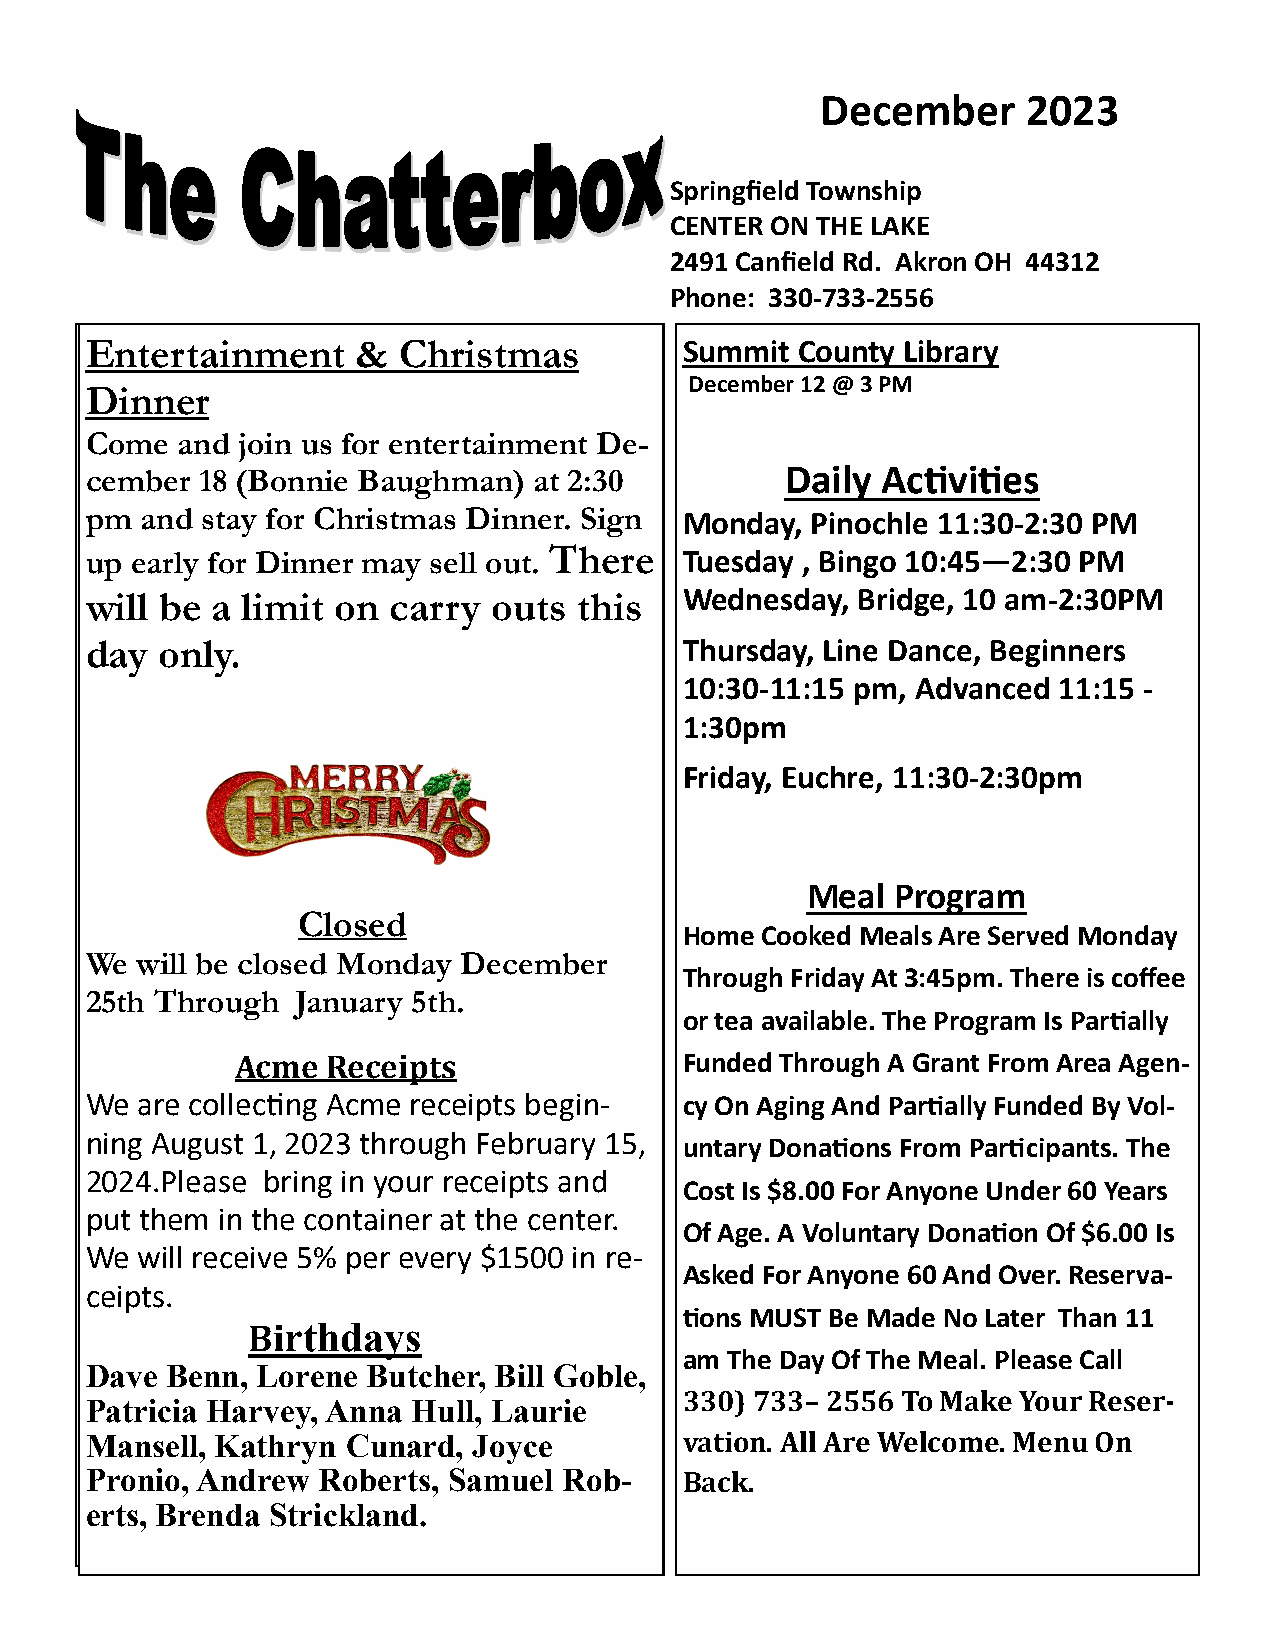
December      2023
 Springfield Township
 CENTER ON THE LAKE
 2491 Canfield Rd. Akron OH 44312
 Phone: 330-733-2556
 Entertainment     & Christmas          Summit  County Library
 December 12 @ 3 PM
 Dinner
 Come  and join us for entertainment De-
 cember 18 (Bonnie Baughman)  at 2:30          Daily Activities
 pm and stay for Christmas Dinner. Sign Monday,  Pinochle 11:30-2:30 PM
 up early for Dinner may sell out. There Tuesday , Bingo 10:45—2:30 PM
 will be a limit on  carry  outs this   Wednesday,  Bridge, 10 am-2:30PM
 day only.                              Thursday, Line Dance, Beginners
 10:30-11:15 pm, Advanced 11:15 -
 1:30pm
 Friday, Euchre, 11:30-2:30pm
 Meal  Program
 Closed
 Home Cooked Meals Are Served Monday
 We will be closed Monday December
 Through Friday At 3:45pm. There is coffee
 25th Through  January 5th.
 or tea available. The Program Is Partially
 Acme  Receipts               Funded Through A Grant From Area Agen-
 We are collecting Acme receipts begin- cy On Aging And Partially Funded By Vol-
 ning August 1, 2023 through February 15,
 untary Donations From Participants. The
 2024.Please bring in your receipts and
 Cost Is $8.00 For Anyone Under 60 Years
 put them in the container at the center.
 Of Age. A Voluntary Donation Of $6.00 Is
 We will receive 5% per every $1500 in re-
 Asked For Anyone 60 And Over. Reserva-
 ceipts.
 tions MUST Be Made No Later Than 11
 Birthdays
 am The Day Of The Meal. Please Call
 Dave Benn, Lorene Butcher, Bill Goble,
 330) 733– 2556 To Make Your Reser-
 Patricia Harvey, Anna Hull, Laurie
 Mansell, Kathryn Cunard, Joyce         vation. All Are Welcome. Menu On
 Pronio, Andrew Roberts, Samuel Rob-    Back.
 erts, Brenda Strickland.